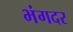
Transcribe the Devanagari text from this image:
भंगदर